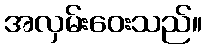
အလှမ်းဝေးသည်။